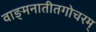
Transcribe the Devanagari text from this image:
वाङ्मनातीतगोचरम्